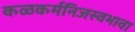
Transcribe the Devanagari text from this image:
कळकर्मनिजस्वभावा